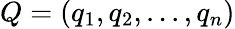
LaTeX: Q=(q_{1},q_{2},...,q_{n})